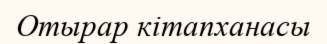
Отырар кітапханасы